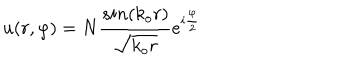
LaTeX: u ( r , \varphi ) = N \frac { s i n ( k _ { o } r ) } { \sqrt { k _ { o } r } } e ^ { i \frac { \varphi } { 2 } }